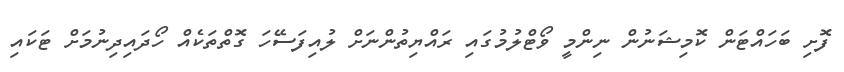
ފޮށި ބަހައްޓަން ކޮމިޝަނުން ނިންމީ ވޯޓްލުމުގައި ރައްޔިތުންނަށް ލުއިފަސޭހަ ގޮތްތަކެއް ހޯދައިދިނުމަށް ޓަކައި